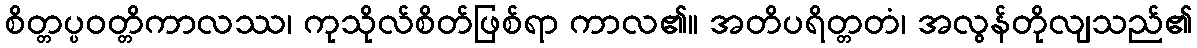
စိတ္တပ္ပဝတ္တိကာလဿ၊ ကုသိုလ်စိတ်ဖြစ်ရာ ကာလ၏။ အတိပရိတ္တတံ၊ အလွန်တိုလျသည်၏